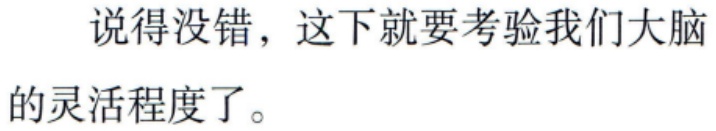
说得没错，这下就要考验我们大脑的灵活程度了。